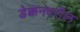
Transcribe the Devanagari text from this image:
डेक्कनवरील